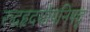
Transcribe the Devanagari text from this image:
रुद्रहृदयोपनिषद्